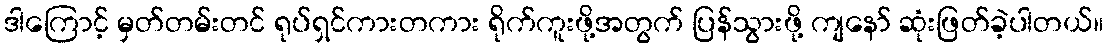
ဒါကြောင့် မှတ်တမ်းတင် ရုပ်ရှင်ကားတကား ရိုက်ကူးဖို့အတွက် ပြန်သွားဖို့ ကျနော် ဆုံးဖြတ်ခဲ့ပါတယ်။